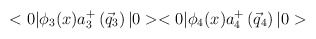
\begin{align*}<0|{\phi}_3(x)a_3^{+}\left(\vec{q}_3\right)|0><0|{\phi}_4(x)a_4^{+}\left(\vec{q}_4\right)|0>\end{align*}